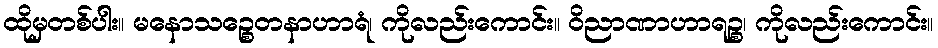
ထိုမှတစ်ပါး။ မနောသဉ္စေတနာဟာရံ၊ ကိုလည်းကောင်း။ ဝိညာဏာဟာရဉ္စ၊ ကိုလည်းကောင်း။